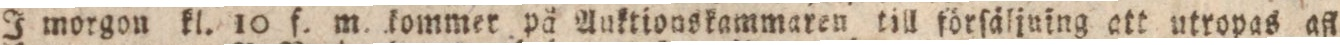
I morgon kl. 10 f. m. kommer på Auktionskammaren till förſäljuing att utropas aft.